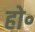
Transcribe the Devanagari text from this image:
हो॰